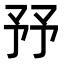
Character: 㐨